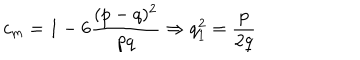
LaTeX: c _ { m } = 1 - 6 \frac { ( p - q ) ^ { 2 } } { p q } \Rightarrow q _ { 1 } ^ { 2 } = \frac { p } { 2 q }